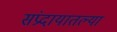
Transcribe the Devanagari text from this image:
संप्रदायातल्या